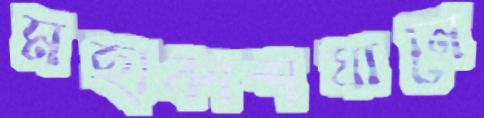
মহাকাশযানে